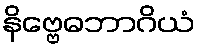
နိဗ္ဗေဓဘာဂိယံ